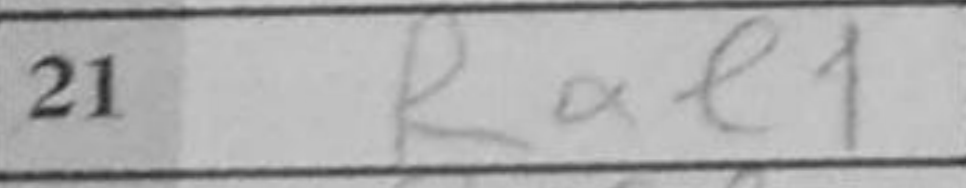
Transcription: Rae1